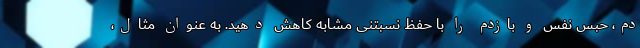
دم، حبس نفس و بازدم را با حفظ نسبتنی مشابه کاهش دهید. به عنوان مثال،